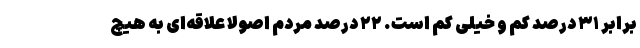
برابر ۳۱ درصد کم و خیلی کم است. ۲۲ درصد مردم اصولاً علاقه‌ای به هیچ